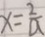
x = \frac { 2 } { a }